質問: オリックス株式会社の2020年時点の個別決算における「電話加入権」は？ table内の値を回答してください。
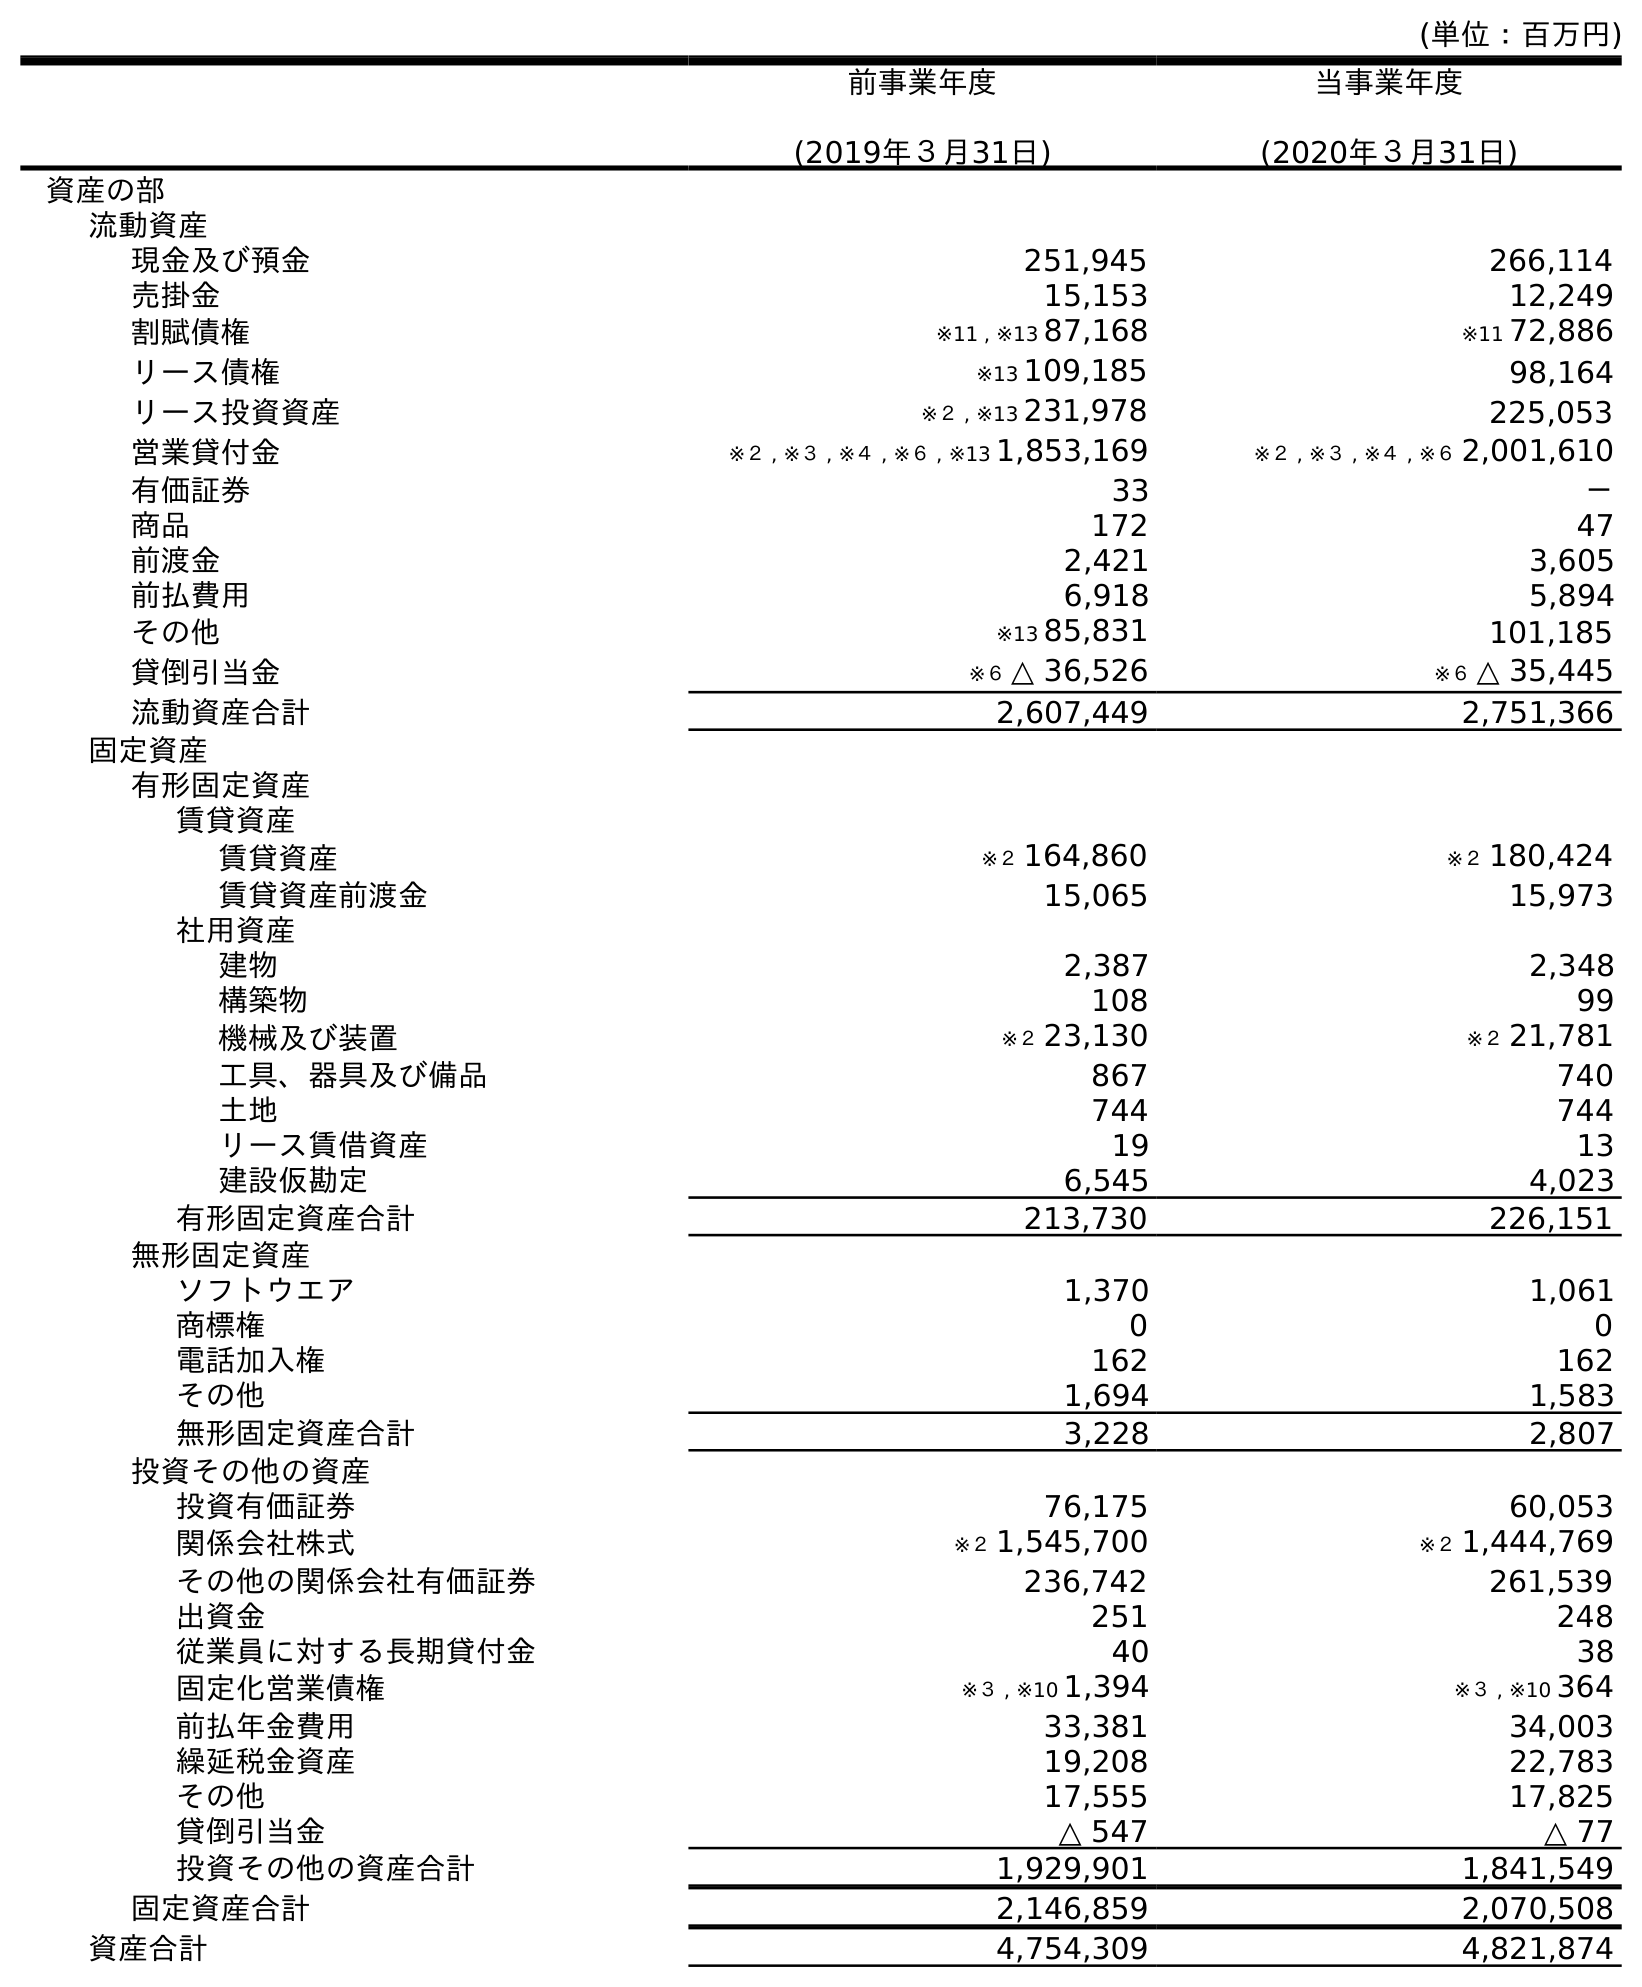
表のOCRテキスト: (単位：百万円) 前事業年度 (2019年３月31日) 当事業年度 (2020年３月31日) 資産の部 流動資産 現金及び預金 251,945 266,114 売掛金 15,153 12,249 割賦債権 ※11 , ※13 87,168 ※11 72,886 リース債権 ※13 109,185 98,164 リース投資資産 ※２ , ※13 231,978 225,053 営業貸付金 ※２ , ※３ , ※４ , ※６ , ※13 1,853,169 ※２ , ※３ , ※４ , ※６ 2,001,610 有価証券 33 － 商品 172 47 前渡金 2,421 3,605 前払費用 6,918 5,894 その他 ※13 85,831 101,185 貸倒引当金 ※６ △ 36,526 ※６ △ 35,445 流動資産合計 2,607,449 2,751,366 固定資産 有形固定資産 賃貸資産 賃貸資産 ※２ 164,860 ※２ 180,424 賃貸資産前渡金 15,065 15,973 社用資産 建物 2,387 2,348 構築物 108 99 機械及び装置 ※２ 23,130 ※２ 21,781 工具、器具及び備品 867 740 土地 744 744 リース賃借資産 19 13 建設仮勘定 6,545 4,023 有形固定資産合計 213,730 226,151 無形固定資産 ソフトウエア 1,370 1,061 商標権 0 0 電話加入権 162 162 その他 1,694 1,583 無形固定資産合計 3,228 2,807 投資その他の資産 投資有価証券 76,175 60,053 関係会社株式 ※２ 1,545,700 ※２ 1,444,769 その他の関係会社有価証券 236,742 261,539 出資金 251 248 従業員に対する長期貸付金 40 38 固定化営業債権 ※３ , ※10 1,394 ※３ , ※10 364 前払年金費用 33,381 34,003 繰延税金資産 19,208 22,783 その他 17,555 17,825 貸倒引当金 △ 547 △ 77 投資その他の資産合計 1,929,901 1,841,549 固定資産合計 2,146,859 2,070,508 資産合計 4,754,309 4,821,874
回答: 162